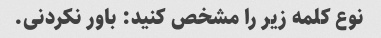
نوع کلمه زیر را مشخص کنید: باور نکردنی.